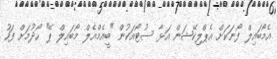
އެމޯބައިލް ފޯނަކަށް އެޕްލިކޭޝަން އަޅާ ސުޓޯއަކުން "ބީއެމްއެލް މޯބައިލް ޕޭ" ހޯދުމަށް ފަހު